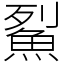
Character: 鮤